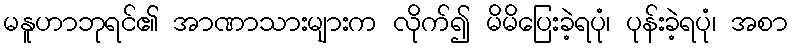
မနူဟာဘုရင်၏ အာဏာသားများက လိုက်၍ မိမိပြေးခဲ့ရပုံ၊ ပုန်းခဲ့ရပုံ၊ အစာ